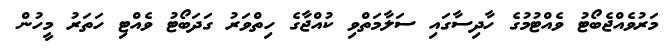
މަރުވެއްޖެބޯޓު ވެއްޓުމުގެ ހާދިސާގައި ސަލާމަތްވި ކުއްޖާގެ ހިތްވަރު ގަދަބޯޓު ވެއްޓި ހަތަރު މީހުން